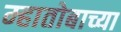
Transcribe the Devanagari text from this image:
म्हातोबाच्या